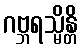
ဂဗ္ဘရသ္မိန္တိ